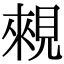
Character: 䚅